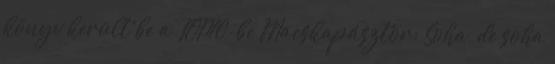
könyv került be a TOP10-be Macskapásztor; Soha, de soha